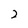
Character: 2